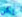
يكن